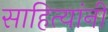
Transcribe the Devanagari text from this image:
साहित्यांनी